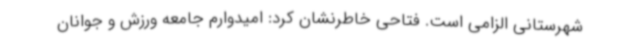
شهرستانی الزامی است. فتاحی خاطرنشان کرد: امیدوارم جامعه ورزش و جوانان